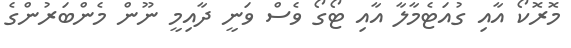
މޮރޮކޯ އާއި ގުއަޓެމާލާ އާއި ޓޯގޯ ވެސް ވަނީ ދާއިމީ ނޫން މެންބަރުންގެ